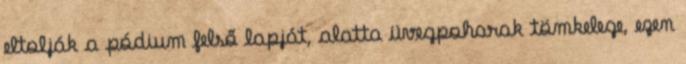
eltolják a pódium felső lapját, alatta üvegpoharak tömkelege, ezen